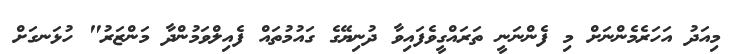
މިއަދު އަހަރެމެންނަށް މި ފެންނަނީ ތަރައްގީވެފައިވާ ދުނިޔޭގެ ގައުމުތައް ފެއިލްވަމުންދާ މަންޒަރު" ހުޅަނގަށް